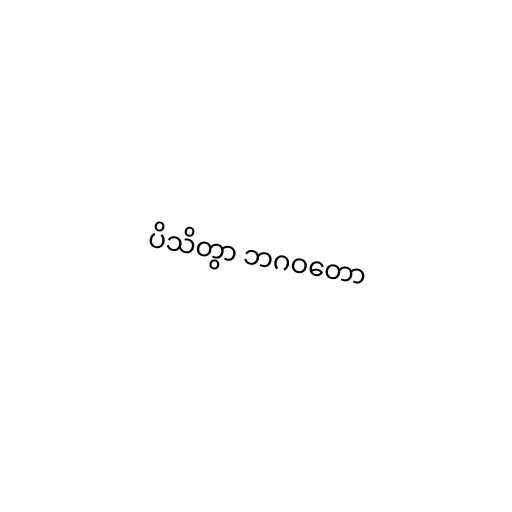
ပိသိတွာ ဘဂဝတော